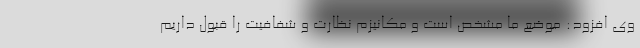
وی افزود: موضع ما مشخص است و مکانیزم نظارت و شفافیت را قبول داریم